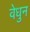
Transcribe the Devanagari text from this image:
वेधुन